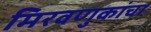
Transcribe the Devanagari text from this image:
मिरवणुकांचा